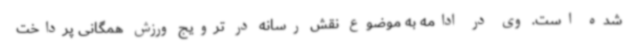
شده است. وی در ادامه به موضوع نقش رسانه در ترویج ورزش همگانی پرداخت